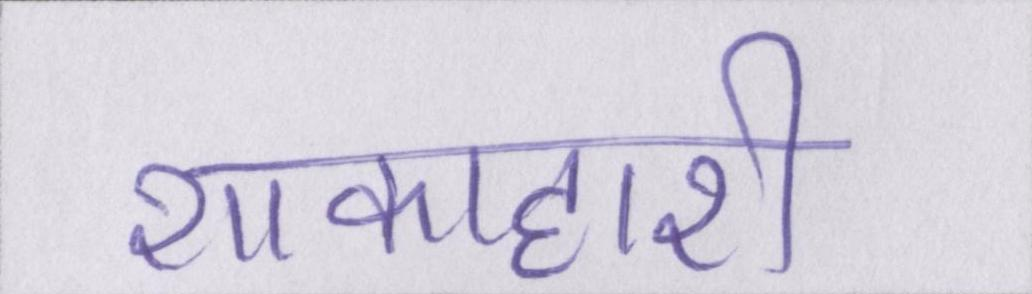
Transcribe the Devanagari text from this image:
शाकाहारी